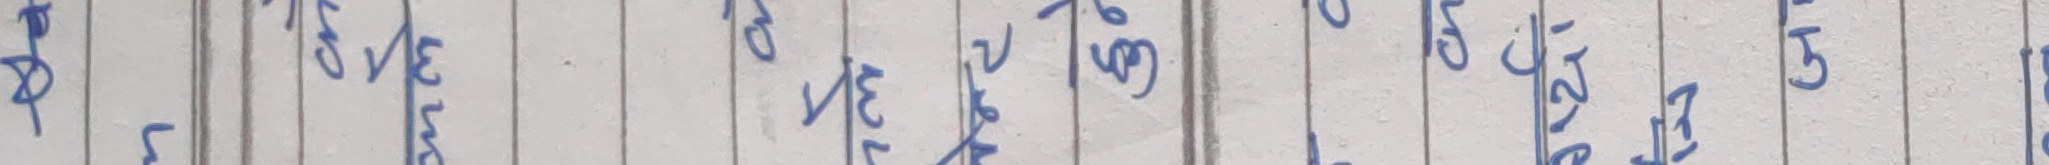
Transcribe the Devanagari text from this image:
छ सने वेदे